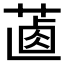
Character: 𦵵